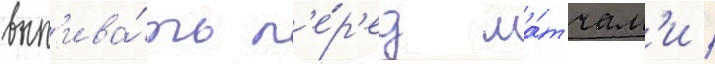
вып'ива́ть п'е́р'ед ма́тчам'и /